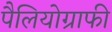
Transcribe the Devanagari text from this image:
पैलियोग्राफी